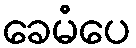
ခေမံပေ